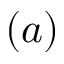
( a )